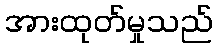
အားထုတ်မှုသည်